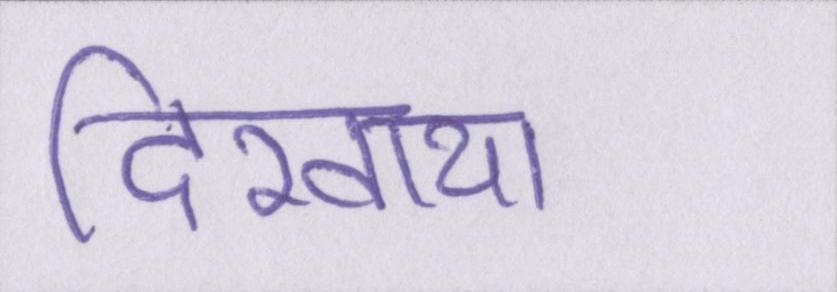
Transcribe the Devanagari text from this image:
दिखाया